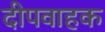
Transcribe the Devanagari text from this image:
दीपवाहक